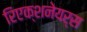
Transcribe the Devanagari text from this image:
रिएक्शनेयर्स